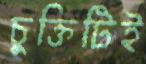
চুক্তিটিই